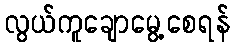
လွယ်ကူချောမွေ့စေရန်